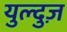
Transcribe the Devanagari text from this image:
युल्दुज़